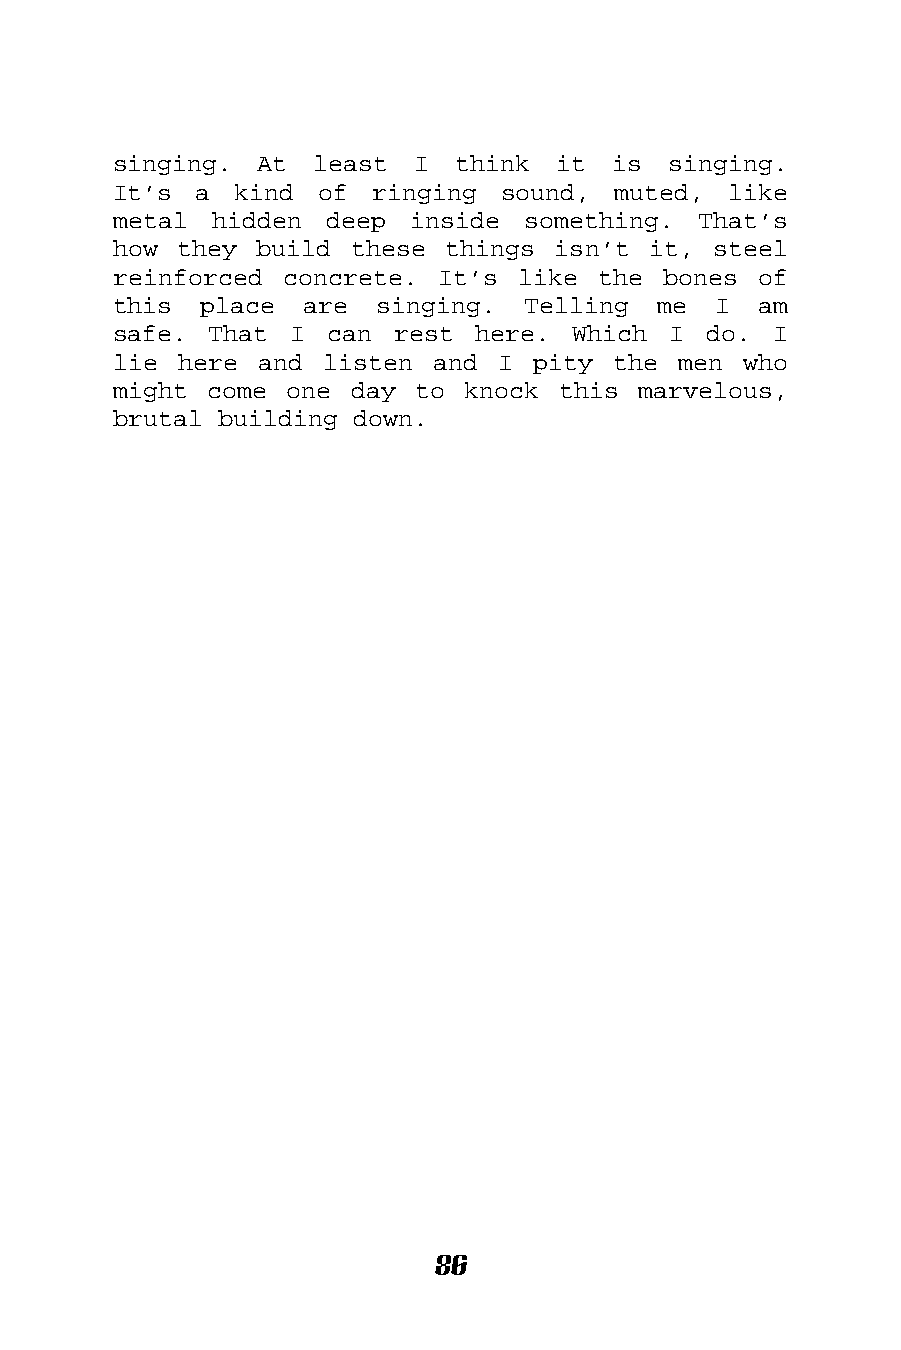
singing.  At least  I  think it  is  singing.
 It’s a  kind of  ringing  sound, muted,  like
 metal hidden  deep  inside something.  That’s
 how they build  these things isn’t it,  steel
 reinforced concrete. It’s  like the bones  of
 this  place are  singing.  Telling  me  I  am
 safe. That  I can  rest here. Which  I do.  I
 lie here and  listen and I  pity the men  who
 might come one  day to knock this  marvelous,
 brutal building down.
 86